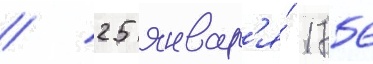
/ 25 январ'я́ 1756